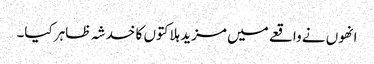
انھوں نے واقعے میں مزید ہلاکتوں کا خدشہ ظاہر کیا۔